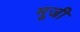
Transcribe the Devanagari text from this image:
मूजी